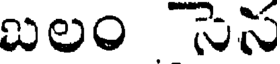
బలం సన